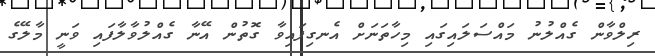
ރިލްވާން ގެއްލުނު މައްސަލައިގައި މިހާތަނަށް އެނގިފައިވާ ގޮތުން އޭނާ ގެއްލުވާލާފައި ވަނީ މާލޭގެ